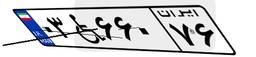
۲۰W۳۲۴۹۵